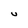
Character: v